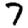
Digit: 7